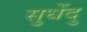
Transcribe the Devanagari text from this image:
सुधेंदु